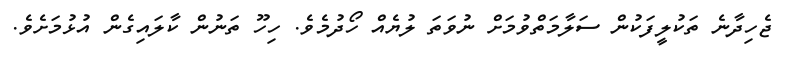
ޖެހިދާނެ ތަކުލީފަކުން ސަލާމަތްވުމަށް ނުވަތަ ލުޔެއް ހޯދުމެވެ. ހިހޫ ތަނުން ކާލައިގެން އުޅުމަށެވެ.